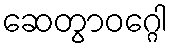
ဆေတွာဝဂ္ဂေါ